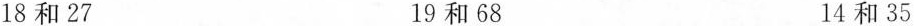
18和27 19和68 14和35